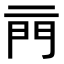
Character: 𨳏